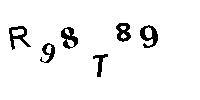
R98T89